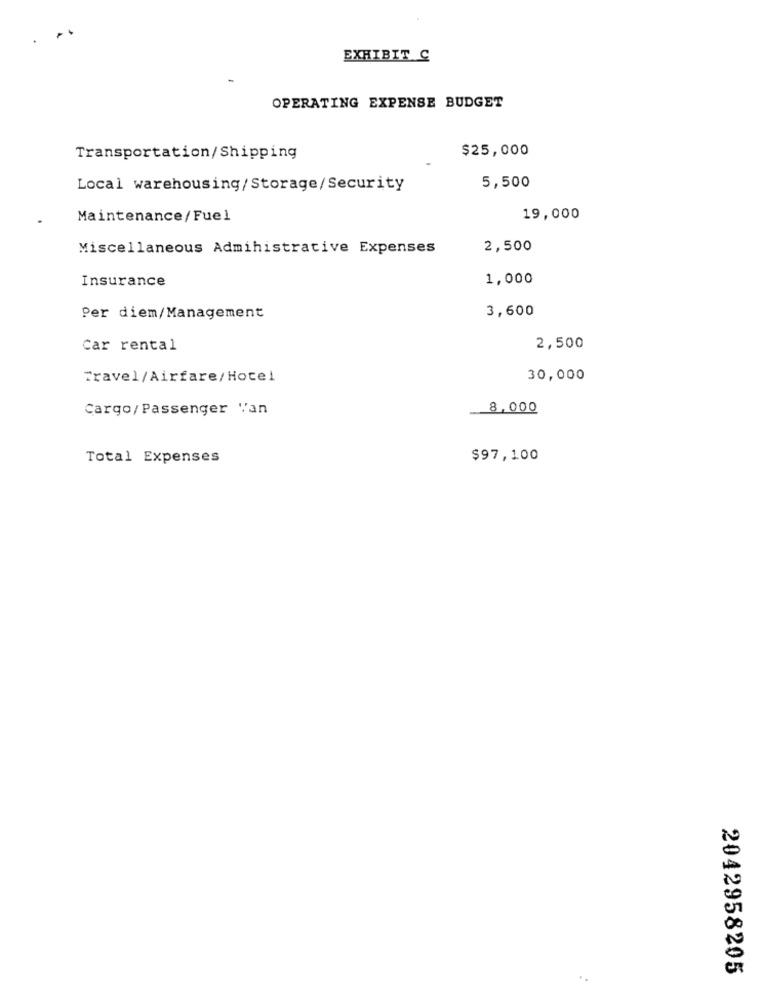
EXHIBIT C
OPERATING EXPENSE BUDGET
$25,000
Transportation/Shipping
Local warehousing/Storage/Security
5,500
Maintenance/Fuel
19,000
Miscellaneous Administrative Expenses
2,500
Insurance
1,000
3,600
Per diem/Management
Car rental
2,500
Travel/Airfare/Hotel
30,000
Cargo/ Passenger "an
8,000
Total Expenses
$97,100
2042958205